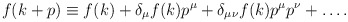
\begin{align*}f(k+p) \equiv f(k) + \delta_\mu f(k) p^\mu + \delta_{\mu\nu} f(k)p^\mu p^\nu + \ldots.\end{align*}